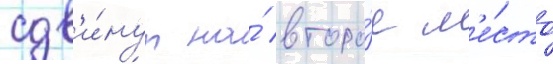
сдв'и́нут на́ второ́е м'е́сто